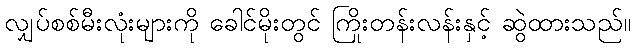
လျှပ်စစ်မီးလုံးများကို ခေါင်မိုးတွင် ကြိုးတန်းလန်းနှင့် ဆွဲထားသည်။